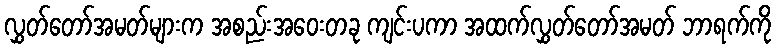
လွှတ်တော်အမတ်များက အစည်းအဝေးတခု ကျင်းပကာ အထက်လွှတ်တော်အမတ် ဘာရက်ကို